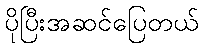
ပိုပြီးအဆင်ပြေတယ်